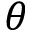
\theta